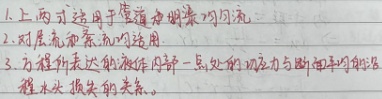
1. 上两式适用于恒定  均匀流
2. 对层流和紊流均适用
3. 方程所表达的液流中任意一点处的动压力与断面平均动能  程水头损失的关系。